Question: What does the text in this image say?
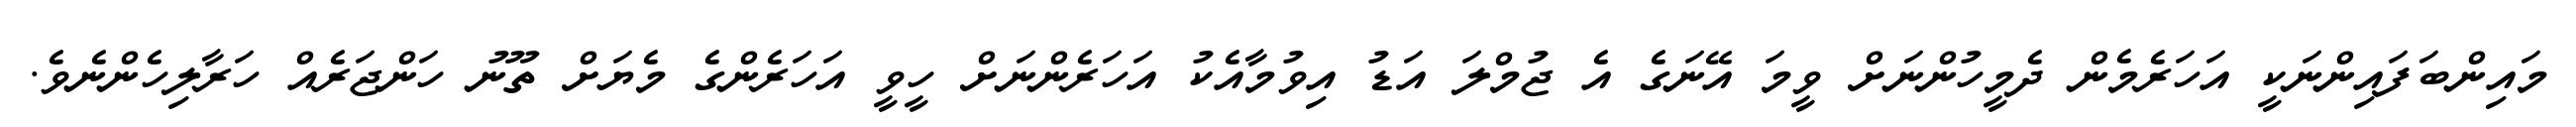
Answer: މައިންބަފައިންނަކީ އަހަރެމެން ދެމީހުންނަށް ވީމަ އޭނަގެ އެ ޖުމްލަ އަޑު އިވުމާއެކު އަހަރެންނަށް ހީވީ އަހަރެންގެ މެޔަށް ތޫނު ހަންޖަރެއް ހަރާލިހެންނެވެ.